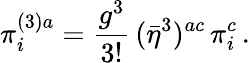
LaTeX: \pi_{i}^{(3)a}=\frac{g^{3}}{3!}\, (\bar{\eta}^{3})^{ac}\, \pi_{i}^{c}\, .